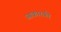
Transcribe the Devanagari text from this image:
आकारकी